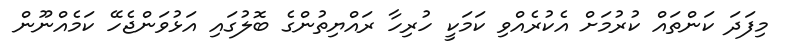
މިފަދަ ކަންތައް ކުރުމަށް އެކުރެއްވި ކަމަކީ ހުރިހާ ރައްޔިތުންގެ ބޮލުގައި އަޅުވަންޖެހޭ ކަމެއްނޫން